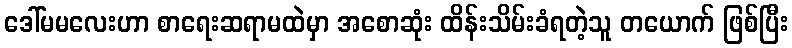
ဒေါ်မမလေးဟာ စာရေးဆရာမထဲမှာ အစောဆုံး ထိန်းသိမ်းခံရတဲ့သူ တယောက် ဖြစ်ပြီး